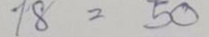
18 = 50